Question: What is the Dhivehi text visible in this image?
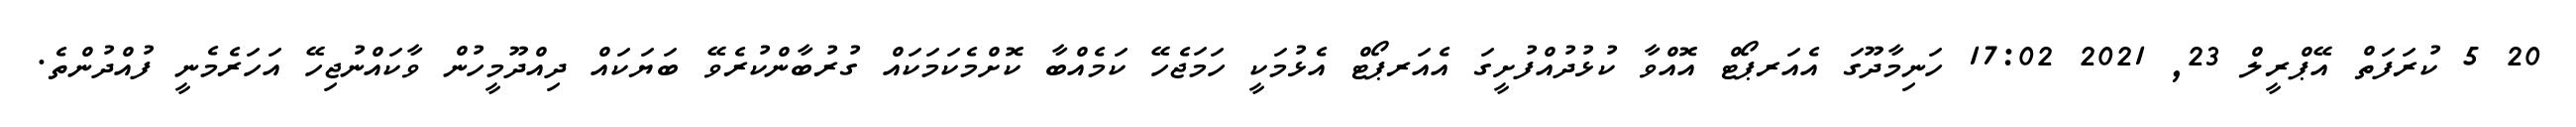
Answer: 20 5 ކުރަފަތް އޭޕްރީލް 23, 2021 17:02 ހަނިމާދޫގަ އެއަރޕޯޓް އޮއްވާ ކުޅުދުއްފުށީގަ އެއަރޕޯޓް އެޅުމަކީ ހަމަޖެހޭ ކަމެއްބާ ކޮށްމެކަމަކައް ގުރުބާންކުރެވޭ ބަޔަކައް ދިއްދޫމީހުން ވާކައްނުޖިހޭ އަހަރެމެނީ ފުއްދުންތެ.